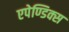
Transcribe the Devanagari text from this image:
एपेण्डिक्स